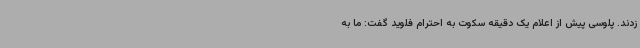
زدند. پلوسی پیش از اعلام یک دقیقه سکوت به احترام فلوید گفت: ما به